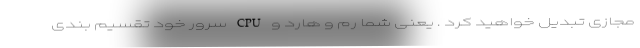
مجازی تبدیل خواهید کرد . یعنی شما رم و هارد و CPU سرور خود تقسیم بندی